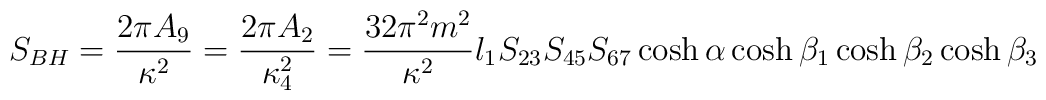
S_{BH} = \frac{2\pi A_9}{\kappa^2} = \frac{2\pi A_2}{\kappa^2_4} =\frac{32\pi^2m^2}{\kappa^2} l_1S_{23}S_{45}S_{67} \cosh\alpha  \cosh\beta_1 \cosh \beta_2 \cosh \beta_3